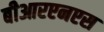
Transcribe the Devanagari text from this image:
बीआरएनएस